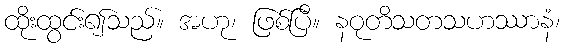
ထိုးထွင်း၍သည်။ အဟု၊ ဖြစ်ပြီ။ နဝုတိသတသဟဿာနံ၊